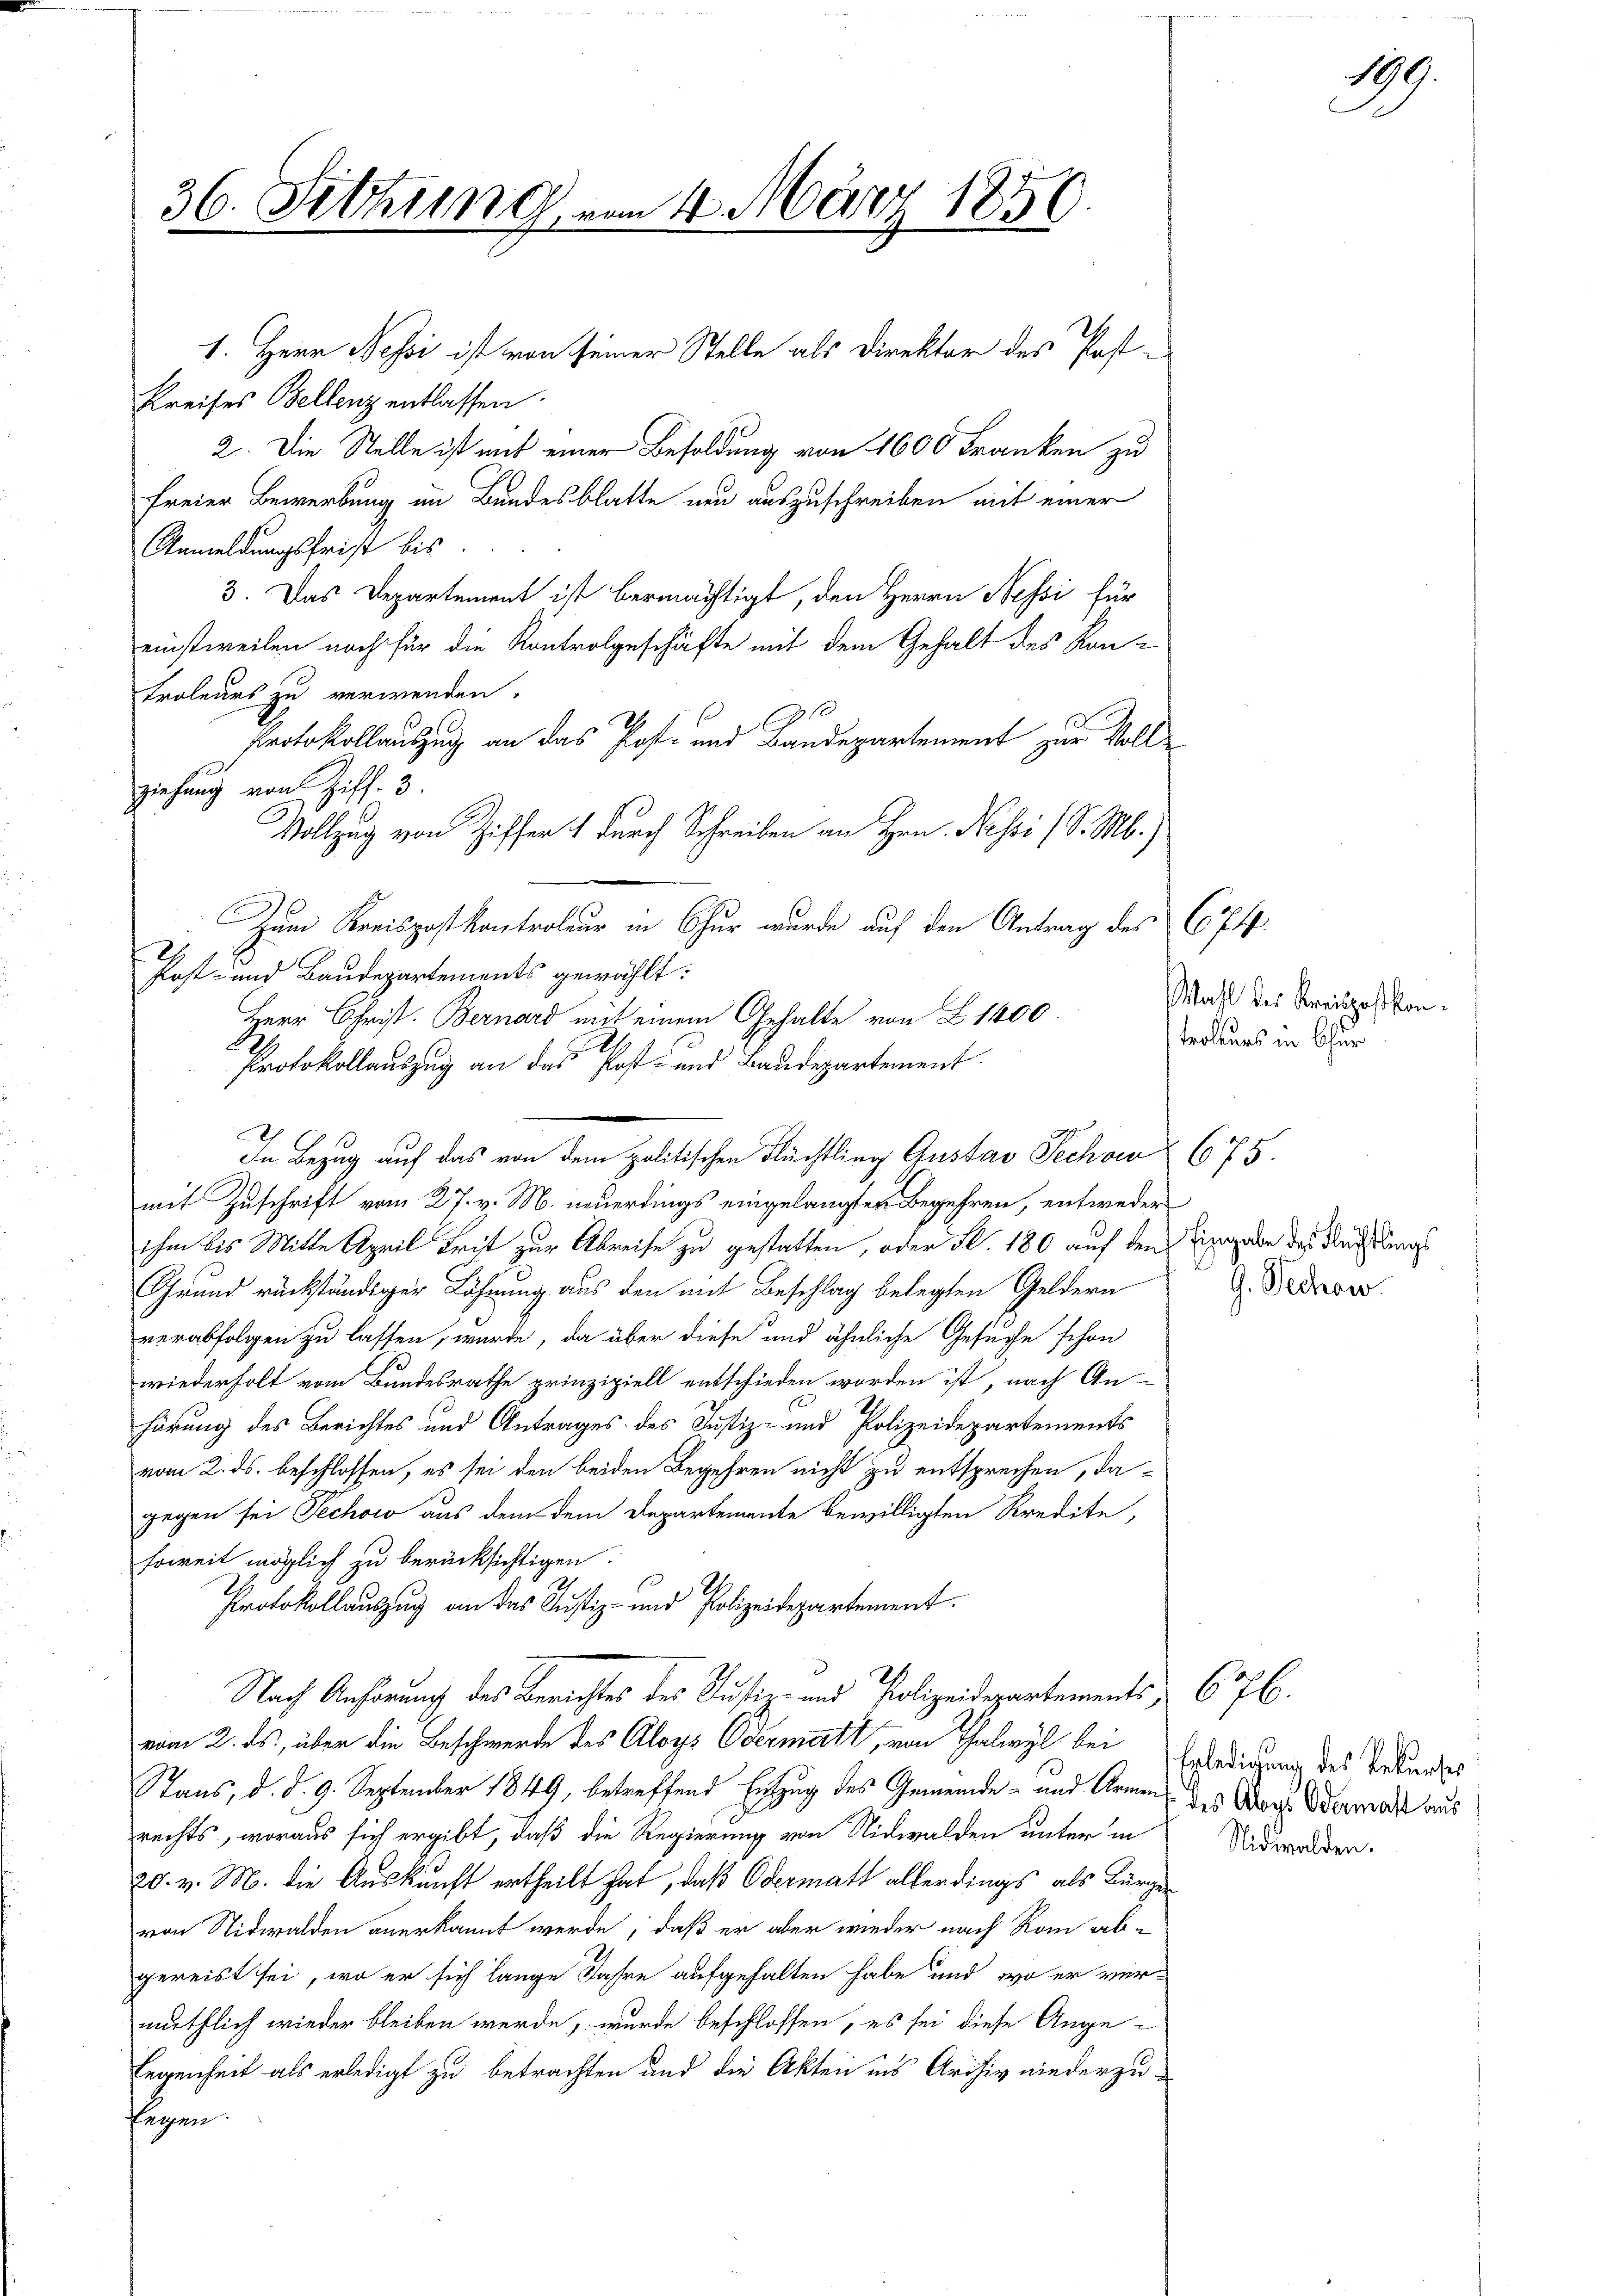
36. Fettung vom 4. März 1856.

1. Herr Nessi ist von seiner Stelle als Direktor des Post¬
Kreises Bellenz entlassen.
2. Die Stelle ist mit einer Besoldung von 1600 Franken zu
freier Bewerbung im Bundesblatte neu auszuschreiben mit einer
Anmeldungsfrist bis
3. Das Departement ist bermächtigt, den Herrn Nessi für
einstweilen noch für die Kontrolgeschäfte mit dem Gehalt des Kontroleurs zu verwenden.
Protokollauszug an das Post- und Baudepartement zur Vollziehung von Ziff. 3.
Vollzug von Ziffer 1 durch Schreiben an Hrn. Nessi (S. M.)
2
Post- und Baudepartements gewählt:
mit Zuschrift vom 27. v. M. neuerdings eingelangter Begehren, entweder
ihm bis Mitte April Trit zur Abreise zu gestatten, oder S. 180 auf den Angabe des Recht beg
Grund rückständiger Löhnung aus den mit Beschlag belegten Geldern
verabfolgen zu lassen, wurde, da über diese und ähnliche Gesuche schon
wiederholt vom Bundesrathe prinzipiell entschieden worden ist, nach An-
hörung des Berichtes und Antrages des Justiz- und Polizeidepartements
vom 2. ds. beschlossen, es sei den beiden Begehren nicht zu entsprechen, dagegen sei Pechow aus dem dem Departemente bewilligten Kredite,
soweit möglich zu berücksichtigen.
Protokollauszug an das Justiz- und Polizeidepartement.
Nach Anhörung des Berichtes des Justiz- und Polizeidepartements, 676.
vom 2. ds., über die Beschwerde des Aloys Odermatt, von Thalwyl bei
Stans, d. d. 9. September 1849, betreffend Entzug des Gemeinde- und Armen des Mag. Odermals aus
rechts, woraus sich ergibt, daß die Regierung von Nidwalden unter in
20. v. M. die Auskunft ertheilt hat, daß Odermatt allerdings als Bürger
von Nidwalden anerkannt werde, daß er aber wieder nach Rom wibi-
gereist sei, wo er sich lange Jahre aufgehalten habe und wo er vermuthlich wieder bleiben werde, wurde beschlossen, es sei diese Angeegenheit als erledigt zu betrachten und die Akten ins Archiv niederzuaggen

Zum Kreispostkontroleur in Chur wurde auf den Antrag des 674.
Herr Christ. Bernard mit einem Gehalte von Z 1400
Protokollauszug an das Post- und Baudepartement
In Bezug auf das von dem politischen Flüchtling Austav Sechan 675.

Wahl des Kreispasikon.
trollings in Chur

G. Techow

Erledigung des Rekurses
Nidwalden.

199.